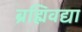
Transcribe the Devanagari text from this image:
ब्रह्मिवद्या